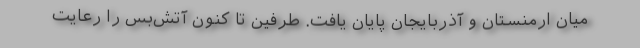
میان ارمنستان و آذربایجان پایان یافت. طرفین تا کنون آتش‌بس را رعایت